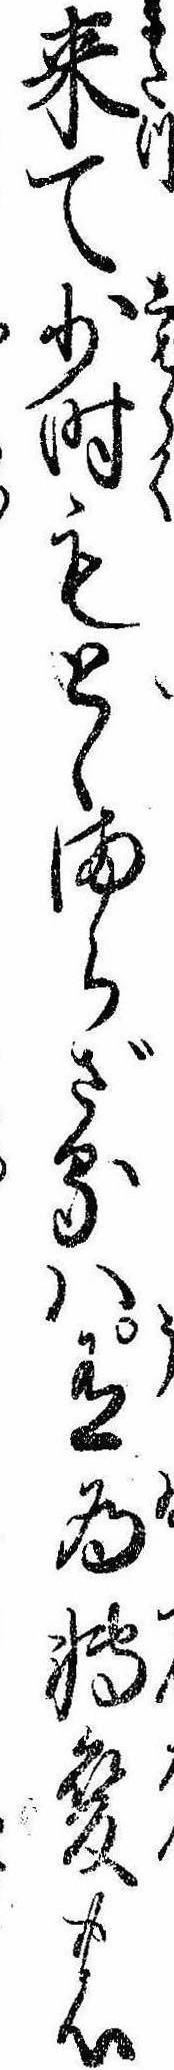
来て少時もとゝまらざるハ有為転変の